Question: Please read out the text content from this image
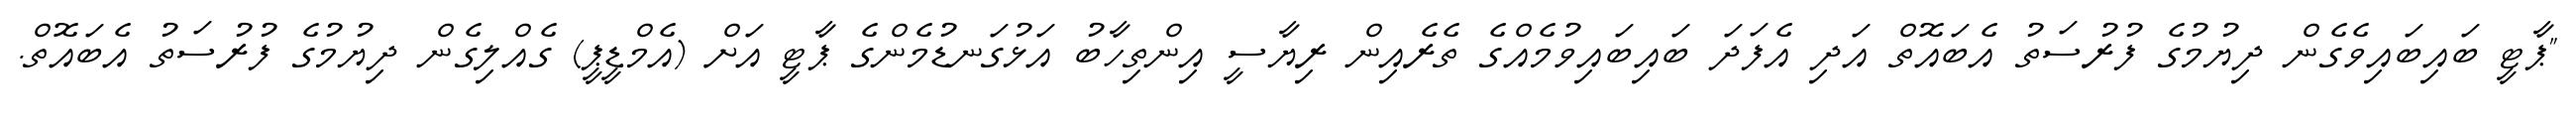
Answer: "ޕާޓީ ބައިބައިވެގެން ދިޔުމުގެ ފުރުސަތު އެބައޮތް އަދި އެފަދަ ބައިބައިވުމެއްގެ ތެރެއިން ރިޔާސީ އިންތިހާބު އަޅުގަނޑުމެންގެ ޕާޓީ އަށް (އެމްޑީޕީ) ގެއްލިގެން ދިޔުމުގެ ފުރުސަތު އެބައޮތް.